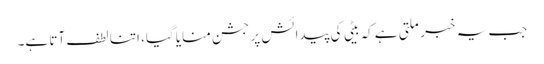
جب یہ خبر ملتی ہے کہ بیٹی کی پیدائش پر جشن منایا گیا، اتنا لطف آتا ہے۔